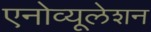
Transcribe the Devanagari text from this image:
एनोव्यूलेशन